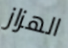
الهزاز